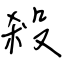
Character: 殺